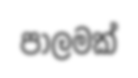
පාලමක්